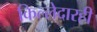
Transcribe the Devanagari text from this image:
किल्लेदारही